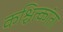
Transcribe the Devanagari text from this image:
कश्चित्कांता